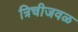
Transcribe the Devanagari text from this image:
त्रिचीजवळ